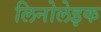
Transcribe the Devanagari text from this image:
लिनोलेइक